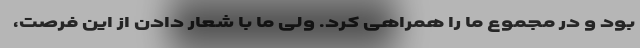
بود و در مجموع ما را همراهی کرد. ولی ما با شعار دادن از این فرصت،